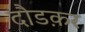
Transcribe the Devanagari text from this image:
दौडक़र